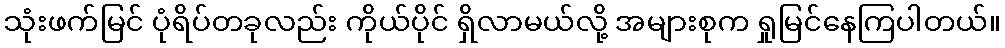
သုံးဖက်မြင် ပုံရိပ်တခုလည်း ကိုယ်ပိုင် ရှိလာမယ်လို့ အများစုက ရှုမြင်နေကြပါတယ်။